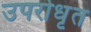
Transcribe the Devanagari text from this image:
उपरोधृत